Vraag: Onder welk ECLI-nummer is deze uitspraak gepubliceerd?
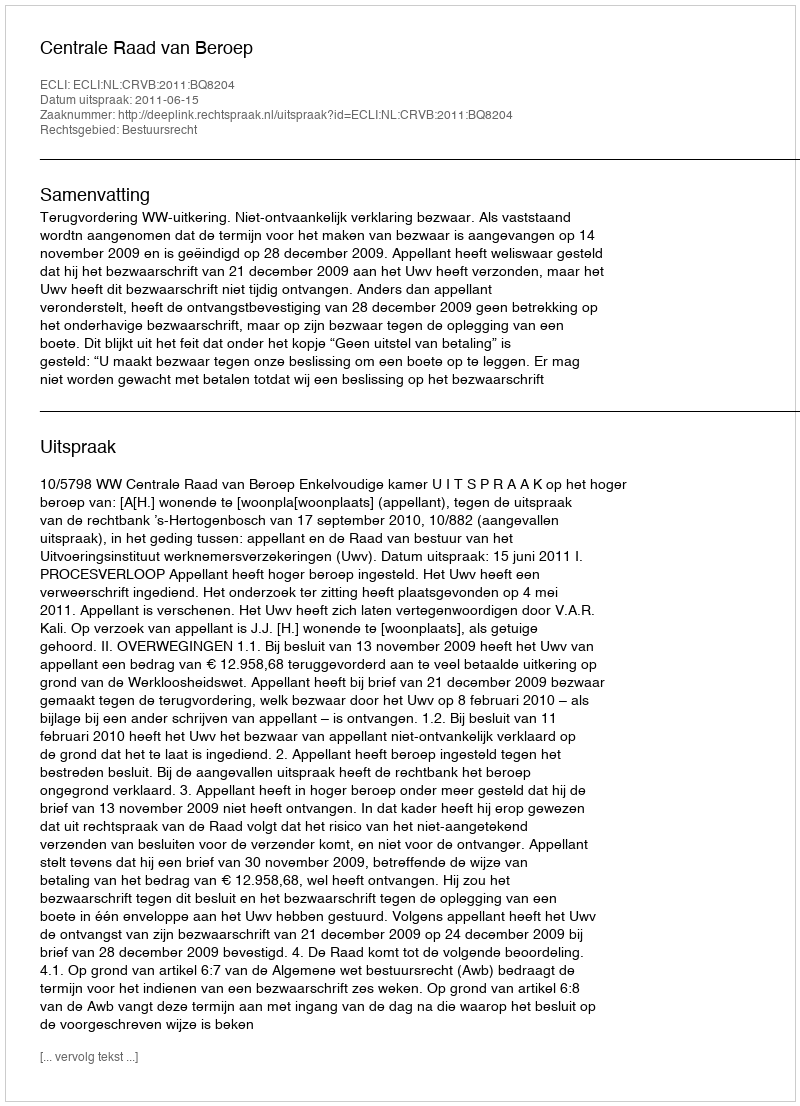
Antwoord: ECLI:NL:CRVB:2011:BQ8204